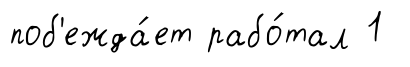
поб'ежда́ет рабо́тал 1